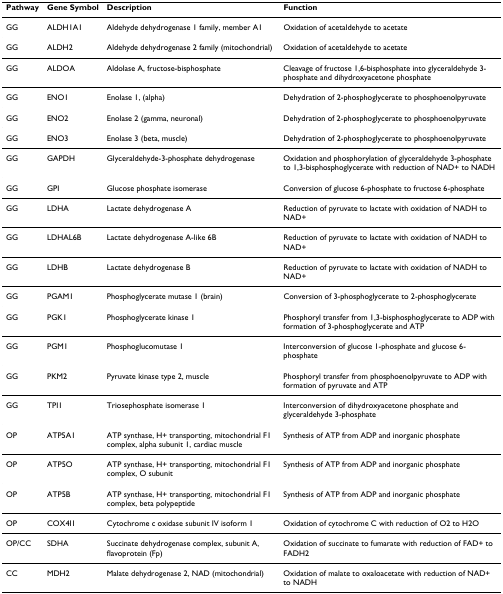
<table><thead><tr><td><b>Pathway</b></td><td><b>Gene Symbol</b></td><td><b>Description</b></td><td><b>Function</b></td></tr></thead><tbody><tr><td>GG</td><td>ALDH1A1</td><td>Aldehyde dehydrogenase 1 family, member A1</td><td>Oxidation of acetaldehyde to acetate</td></tr><tr><td>GG</td><td>ALDH2</td><td>Aldehyde dehydrogenase 2 family (mitochondrial)</td><td>Oxidation of acetaldehyde to acetate</td></tr><tr><td>GG</td><td>ALDOA</td><td>Aldolase A, fructose-bisphosphate</td><td>Cleavage of fructose 1,6-bisphosphate into glyceraldehyde 3-phosphate and dihydroxyacetone phosphate</td></tr><tr><td>GG</td><td>ENO1</td><td>Enolase 1, (alpha)</td><td>Dehydration of 2-phosphoglycerate to phosphoenolpyruvate</td></tr><tr><td>GG</td><td>ENO2</td><td>Enolase 2 (gamma, neuronal)</td><td>Dehydration of 2-phosphoglycerate to phosphoenolpyruvate</td></tr><tr><td>GG</td><td>ENO3</td><td>Enolase 3 (beta, muscle)</td><td>Dehydration of 2-phosphoglycerate to phosphoenolpyruvate</td></tr><tr><td>GG</td><td>GAPDH</td><td>Glyceraldehyde-3-phosphate dehydrogenase</td><td>Oxidation and phosphorylation of glyceraldehyde 3-phosphate to 1,3-bisphosphoglycerate with reduction of NAD+ to NADH</td></tr><tr><td>GG</td><td>GPI</td><td>Glucose phosphate isomerase</td><td>Conversion of glucose 6-phosphate to fructose 6-phosphate</td></tr><tr><td>GG</td><td>LDHA</td><td>Lactate dehydrogenase A</td><td>Reduction of pyruvate to lactate with oxidation of NADH to NAD+</td></tr><tr><td>GG</td><td>LDHAL6B</td><td>Lactate dehydrogenase A-like 6B</td><td>Reduction of pyruvate to lactate with oxidation of NADH to NAD+</td></tr><tr><td>GG</td><td>LDHB</td><td>Lactate dehydrogenase B</td><td>Reduction of pyruvate to lactate with oxidation of NADH to NAD+</td></tr><tr><td>GG</td><td>PGAM1</td><td>Phosphoglycerate mutase 1 (brain)</td><td>Conversion of 3-phosphoglycerate to 2-phosphoglycerate</td></tr><tr><td>GG</td><td>PGK1</td><td>Phosphoglycerate kinase 1</td><td>Phosphoryl transfer from 1,3-bisphosphoglycerate to ADP with formation of 3-phosphoglycerate and ATP</td></tr><tr><td>GG</td><td>PGM1</td><td>Phosphoglucomutase 1</td><td>Interconversion of glucose 1-phosphate and glucose 6-phosphate</td></tr><tr><td>GG</td><td>PKM2</td><td>Pyruvate kinase type 2, muscle</td><td>Phosphoryl transfer from phosphoenolpyruvate to ADP with formation of pyruvate and ATP</td></tr><tr><td>GG</td><td>TPI1</td><td>Triosephosphate isomerase 1</td><td>Interconversion of dihydroxyacetone phosphate and glyceraldehyde 3-phosphate</td></tr><tr><td>OP</td><td>ATP5A1</td><td>ATP synthase, H+ transporting, mitochondrial F1 complex, alpha subunit 1, cardiac muscle</td><td>Synthesis of ATP from ADP and inorganic phosphate</td></tr><tr><td>OP</td><td>ATP5O</td><td>ATP synthase, H+ transporting, mitochondrial F1 complex, O subunit</td><td>Synthesis of ATP from ADP and inorganic phosphate</td></tr><tr><td>OP</td><td>ATP5B</td><td>ATP synthase, H+ transporting, mitochondrial F1 complex, beta polypeptide</td><td>Synthesis of ATP from ADP and inorganic phosphate</td></tr><tr><td>OP</td><td>COX4I1</td><td>Cytochrome c oxidase subunit IV isoform 1</td><td>Oxidation of cytochrome C with reduction of O2 to H2O</td></tr><tr><td>OP/CC</td><td>SDHA</td><td>Succinate dehydrogenase complex, subunit A, flavoprotein (Fp)</td><td>Oxidation of succinate to fumarate with reduction of FAD+ to FADH2</td></tr><tr><td>CC</td><td>MDH2</td><td>Malate dehydrogenase 2, NAD (mitochondrial)</td><td>Oxidation of malate to oxaloacetate with reduction of NAD+ to NADH</td></tr></tbody></table>